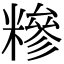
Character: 糝